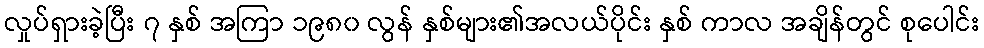
လှုပ်ရှားခဲ့ပြီး ၇ နှစ် အကြာ ၁၉၈၀ လွန် နှစ်များ၏အလယ်ပိုင်း နှစ် ကာလ အချိန်တွင် စုပေါင်း